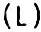
(L)